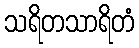
သရိတသာရိတံ